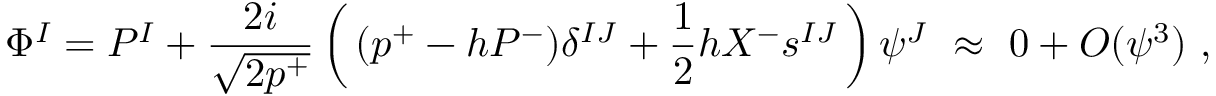
\Phi ^ { I } = P ^ { I } + \frac { 2 i } { \sqrt { 2 p ^ { + } } } \left( \, ( p ^ { + } - h P ^ { - } ) \delta ^ { I J } + \frac { 1 } { 2 } h X ^ { - } s ^ { I J } \, \right) \psi ^ { J } ~ \approx ~ 0 + { \cal O } ( \psi ^ { 3 } ) ~ ,